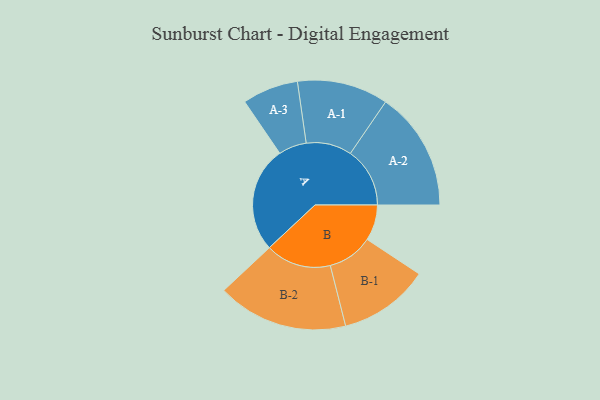
{"axis": {"x": "Segment", "y": "Value"}, "legend": ["", "A", "B"], "data": [{"x": "A", "y": 446, "type": ""}, {"x": "B", "y": 151, "type": ""}, {"x": "A-1", "y": 192, "type": "A"}, {"x": "A-2", "y": 251, "type": "A"}, {"x": "A-3", "y": 118, "type": "A"}, {"x": "B-1", "y": 191, "type": "B"}, {"x": "B-2", "y": 276, "type": "B"}]}